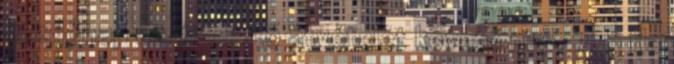
kezdőnap az értesítő átvételét követő nap. 7. § Ha